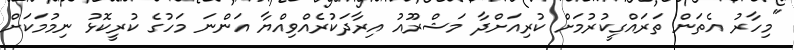
"މިހާރު އެތަން ތަރައްގީކުރުމަށް ކުރިއަށްދާ މަޝްރޫއު އިރާދަކުރެއްވިއްޔާ އަންނަ މަހުގެ ކުރީކޮޅު ނިމުމަކަށް